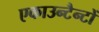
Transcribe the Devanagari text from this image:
एकाउन्टैन्टों